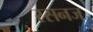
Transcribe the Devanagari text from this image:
रसनज